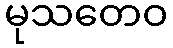
မုသတေဝ